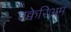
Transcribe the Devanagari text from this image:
एक्वेरिअम